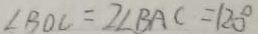
\angle B O C = 2 \angle B A C = 1 2 0 ^ { \circ }